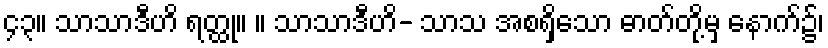
၄၃။ သာသာဒီဟိ ရတ္ထု။ ။ သာသာဒီဟိ- သာသ အစရှိသော ဓာတ်တို့မှ နောက်၌၊